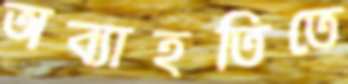
অব্যাহতিতে